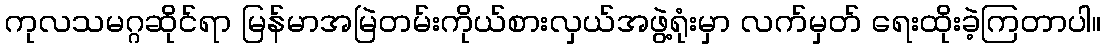
ကုလသမဂ္ဂဆိုင်ရာ မြန်မာအမြဲတမ်းကိုယ်စားလှယ်အဖွဲ့ရုံးမှာ လက်မှတ် ရေးထိုးခဲ့ကြတာပါ။